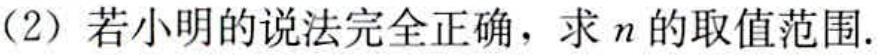
(2) 若小明的说法完全正确，求 \(n\) 的取值范围.